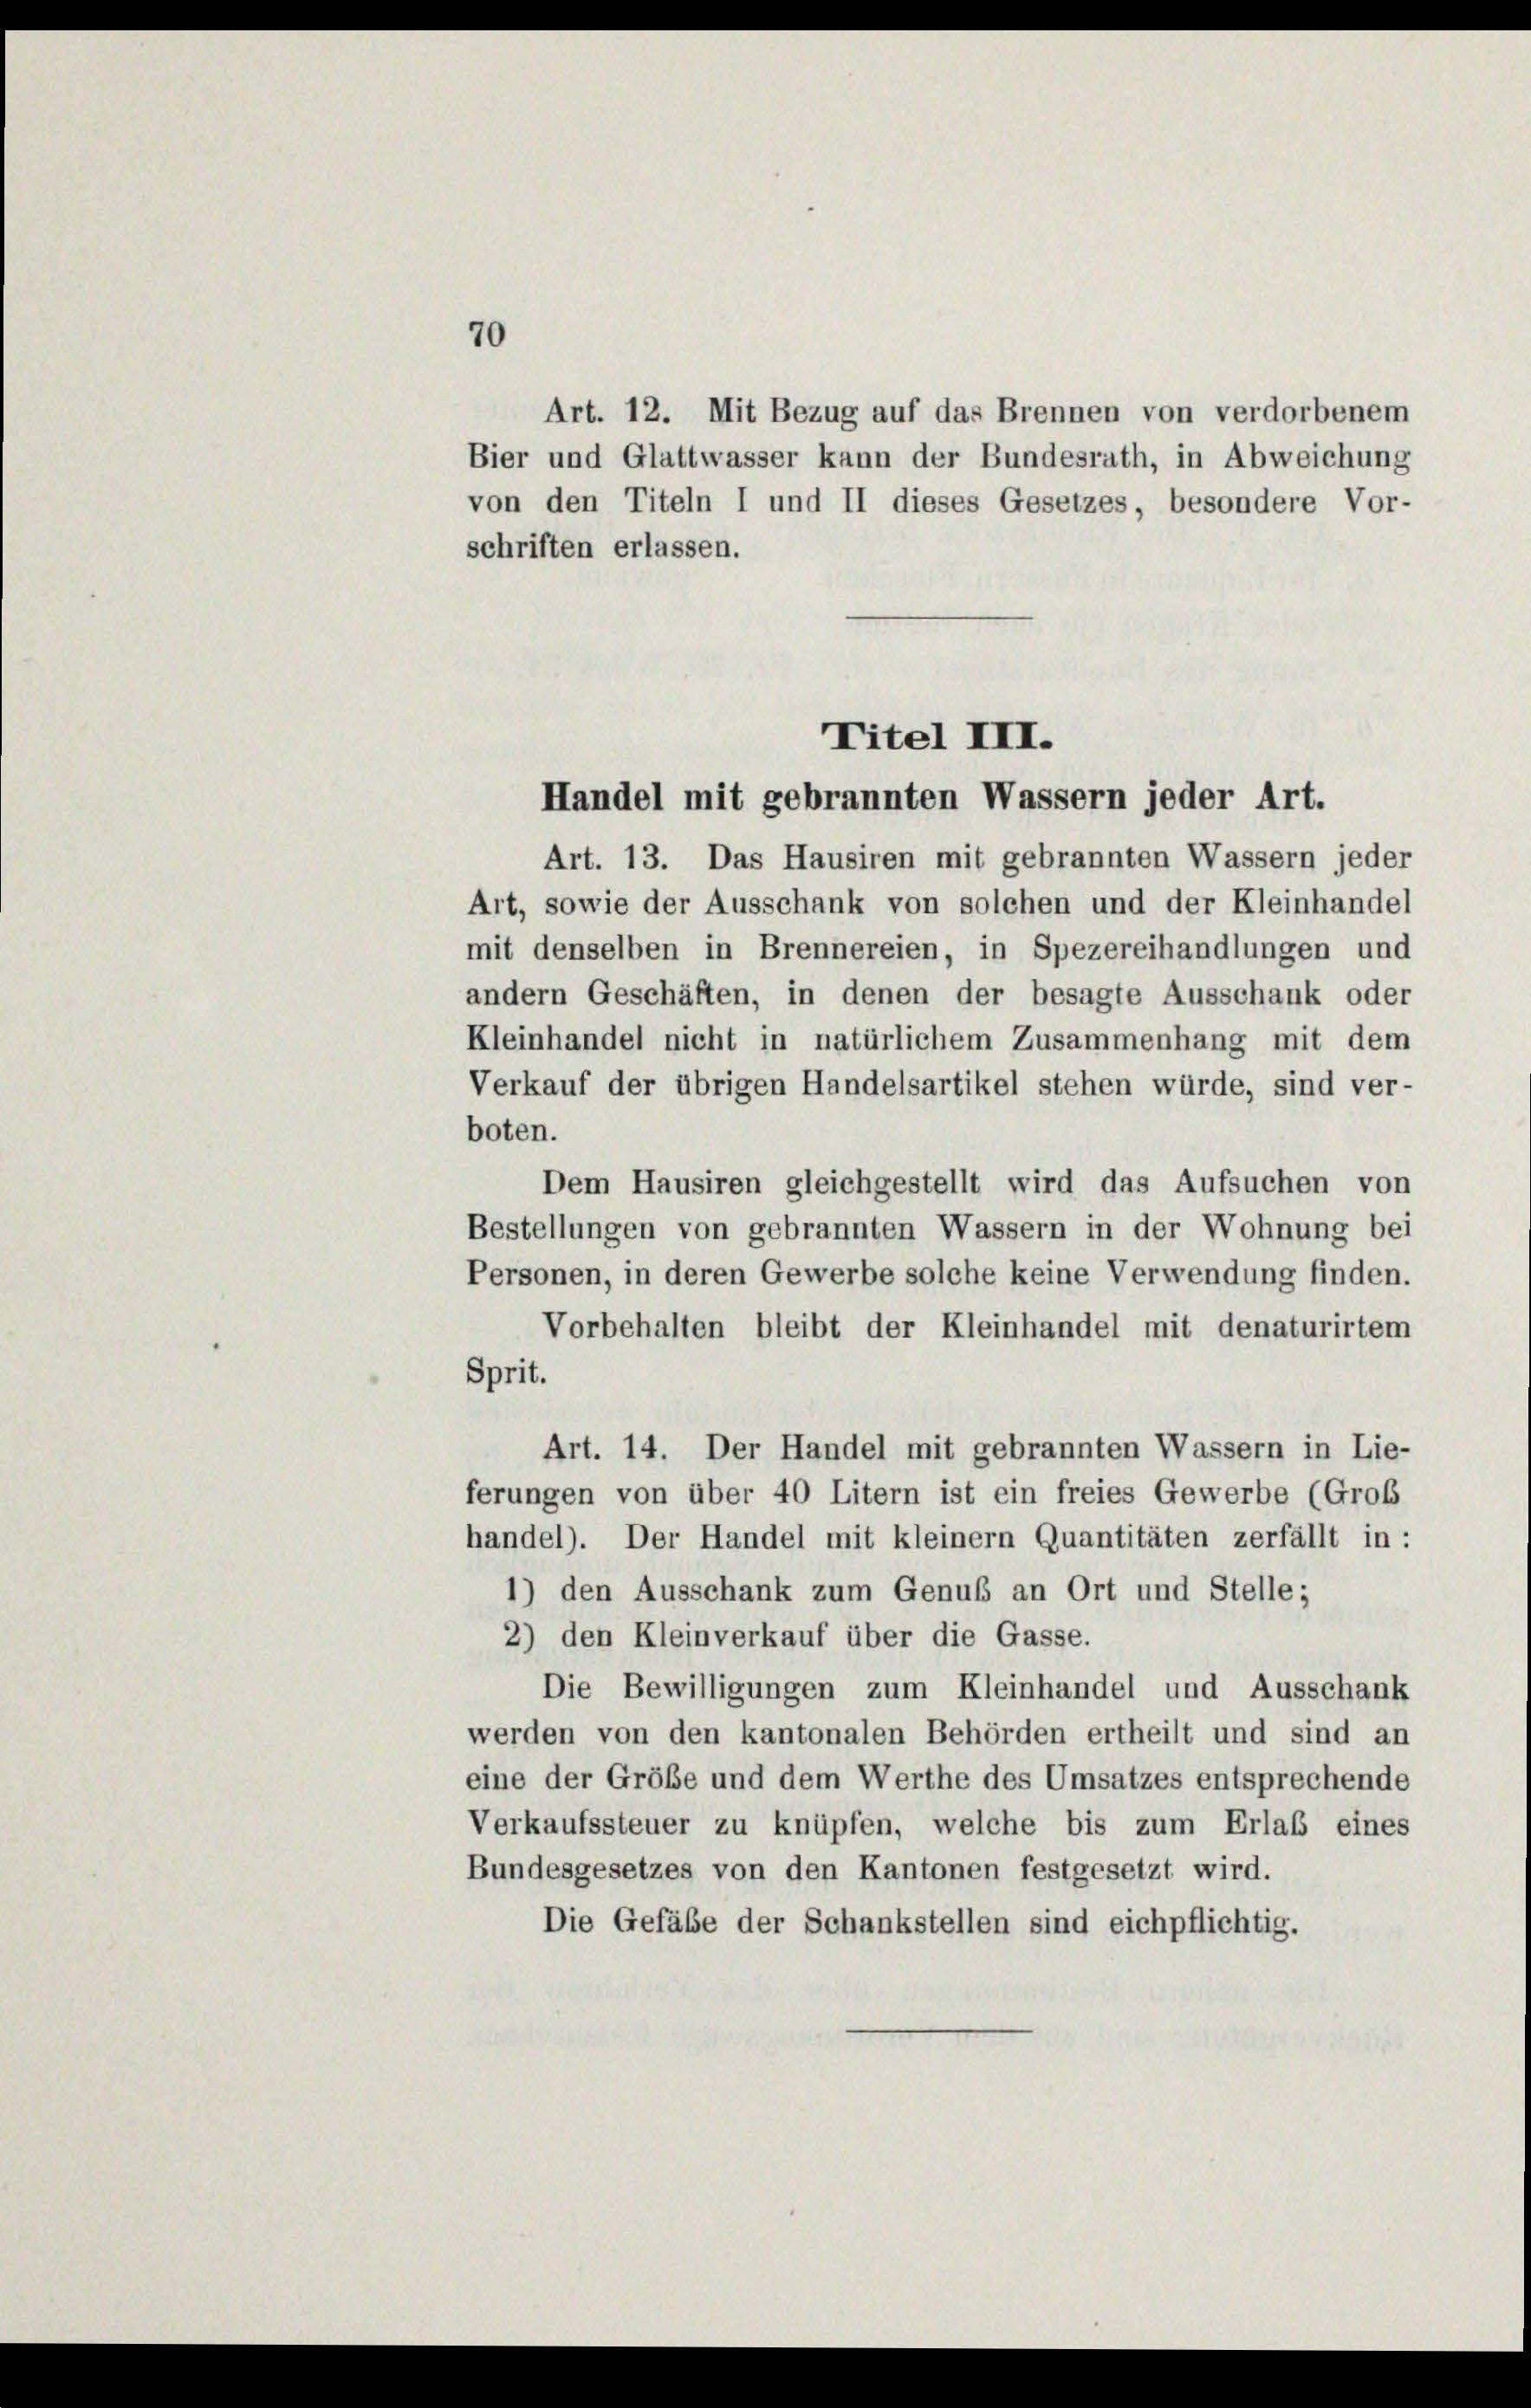
70

Art. 12. Mit Bezug auf das Brennen von verdorbenem
Bier und Glattwasser kann der Bundesrath, in Abweichung
von den Titeln I und II dieses Gesetzes, besondere Vor-
schriften erlassen.

Titel III.
Handel mit gebrannten Wassern jeder Art.

Art. 13. Das Hausiren mit gebrannten Wassern jeder
Art, sowie der Ausschank von solchen und der Kleinhandel
mit denselben in Brennereien, in Spezereihandlungen und
andern Geschäften, in denen der besagte Ausschank oder
Kleinhandel nicht in natürlichem Zusammenhang mit dem
Verkauf der übrigen Handelsartikel stehen würde, sind ver-
boten.
Dem Hausiren gleichgestellt wird das Aufsuchen von
Bestellungen von gebrannten Wassern in der Wohnung bei
Personen, in deren Gewerbe solche keine Verwendung finden.
Vorbehalten bleibt der Kleinhandel mit denaturirtem
Sprit.
Art. 14. Der Handel mit gebrannten Wassern in Lie-
ferungen von über 40 Litern ist ein freies Gewerbe (Grob
handel). Der Handel mit kleinem Quantitäten zerfällt in :
1) den Ausschank zum Genuß an Ort und Stelle;
2) den Kleinverkauf über die Gasse.
Die Bewilligungen zum Kleinhandel und Ausschank
werden von den kantonalen Behörden ertheilt und sind an
eine der Größe und dem Werthe des Umsatzes entsprechende
Verkaufssteuer zu knüpfen, welche bis zum Erlaß eines
Bundesgesetzes von den Kantonen festgesetzt wird.
Die Gefäbe der Schankstellen sind eichpflichtig.